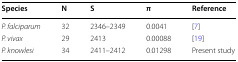
| Species | N | S | π | Reference |
 | --- | --- | --- | --- | --- |
 | P. falciparum | 32 | 2346–2349 | 0.0041 | [7] |
 | P. vivax | 29 | 2413 | 0.00088 | [19] |
 | P. knowlesi | 34 | 2411–2412 | 0.01298 | Present study |